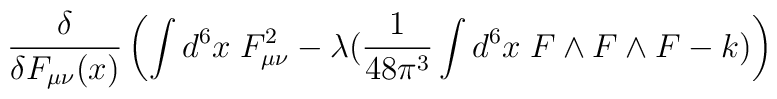
\frac{\delta}{ \delta F_{\mu \nu} (x)}  \left(\int d^6  x \;F_{\mu \nu}^2 -\lambda (\frac{1}{48 \pi^3} \int d^6  x \; F \wedge F \wedge F -k) \right)